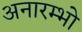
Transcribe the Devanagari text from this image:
अनारम्भो